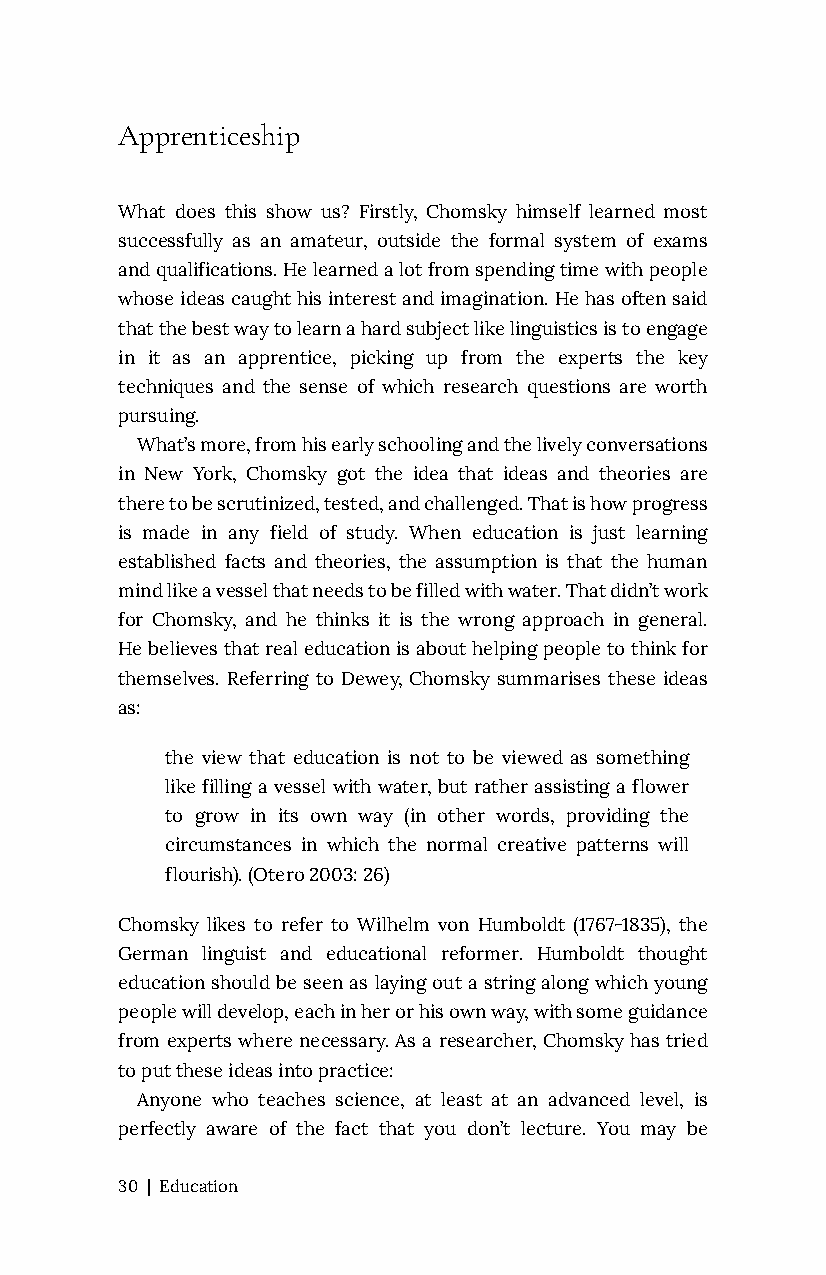
Apprenticeship
 What does this show us? Firstly, Chomsky himself learned most
 successfully as an amateur, outside the formal system of exams
 and qualifications. He learned a lot from spending time with people
 whose ideas caught his interest and imagination. He has often said
 that the best way to learn a hard subject like linguistics is to engage
 in it as an apprentice, picking up from the experts the key
 techniques and the sense of which research questions are worth
 pursuing.
 What’s more, from his early schooling and the lively conversations
 in New York, Chomsky got the idea that ideas and theories are
 there to be scrutinized, tested, and challenged. That is how progress
 is made in any field of study. When education is just learning
 established facts and theories, the assumption is that the human
 mind like a vessel that needs to be filled with water. That didn’t work
 for Chomsky, and he thinks it is the wrong approach in general.
 He believes that real education is about helping people to think for
 themselves. Referring to Dewey, Chomsky summarises these ideas
 as:
 the view that education is not to be viewed as something
 like filling a vessel with water, but rather assisting a flower
 to grow in its own way (in other words, providing the
 circumstances in which the normal creative patterns will
 flourish). (Otero 2003: 26)
 Chomsky likes to refer to Wilhelm von Humboldt (1767-1835), the
 German linguist and educational reformer. Humboldt thought
 education should be seen as laying out a string along which young
 people will develop, each in her or his own way, with some guidance
 from experts where necessary. As a researcher, Chomsky has tried
 to put these ideas into practice:
 Anyone who teaches science, at least at an advanced level, is
 perfectly aware of the fact that you don’t lecture. You may be
 30 | Education